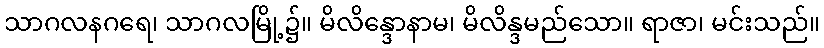
သာဂလနဂရေ၊ သာဂလမြို့၌။ မိလိန္ဒောနာမ၊ မိလိန္ဒမည်သော။ ရာဇာ၊ မင်းသည်။